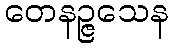
တေနဉ္ဇသေန